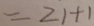
= 2 1 + 1